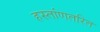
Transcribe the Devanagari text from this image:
हस्तांणतरित